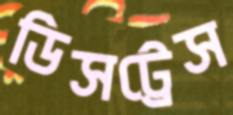
ডিসট্রেস